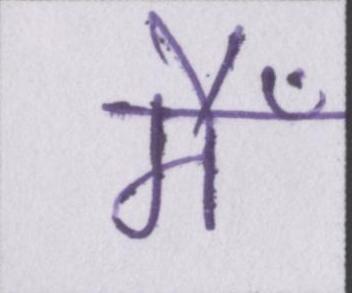
मैँ